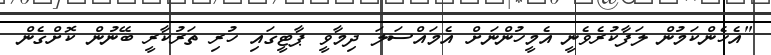
"އެހެންކަމުން ލަފާކުރެވެނީ އެމީހުންނަށް އެމައްސަލަ ދިމާވީ ޕާޓީގައި ހުރި ތަރުކާރީ ބޭނުން ކޮށްގެން